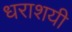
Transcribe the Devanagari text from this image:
धराशयी